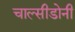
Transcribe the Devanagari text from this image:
चाल्सीडोनी